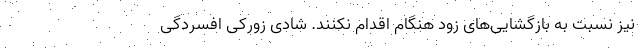
نیز نسبت به بازگشایی‌های زود هنگام اقدام نکنند. شادی زورکی افسردگی